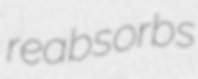
reabsorbs